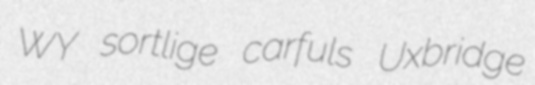
WY sortlige carfuls Uxbridge